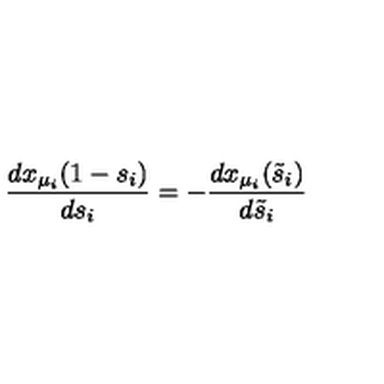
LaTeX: \frac { d x _ { \mu _ { i } } ( 1 - s _ { i } ) } { d s _ { i } } = - \frac { d x _ { \mu _ { i } } ( \tilde { s } _ { i } ) } { d \tilde { s } _ { i } }